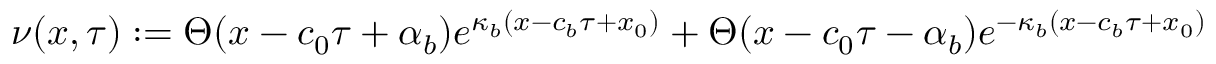
\nu ( x , \tau ) : = \Theta ( x - c _ { 0 } \tau + \alpha _ { b } ) e ^ { \kappa _ { b } ( x - c _ { b } \tau + x _ { 0 } ) } + \Theta ( x - c _ { 0 } \tau - \alpha _ { b } ) e ^ { - \kappa _ { b } ( x - c _ { b } \tau + x _ { 0 } ) }